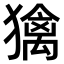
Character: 𤢌